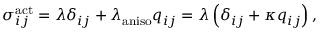
\begin{array} { r } { { \sigma } _ { i j } ^ { \mathrm { a c t } } = \lambda \delta _ { i j } + \lambda _ { \mathrm { a n i s o } } q _ { i j } = \lambda \left( \delta _ { i j } + \kappa q _ { i j } \right) , } \end{array}